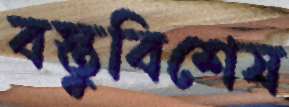
বস্তুবিশেষ